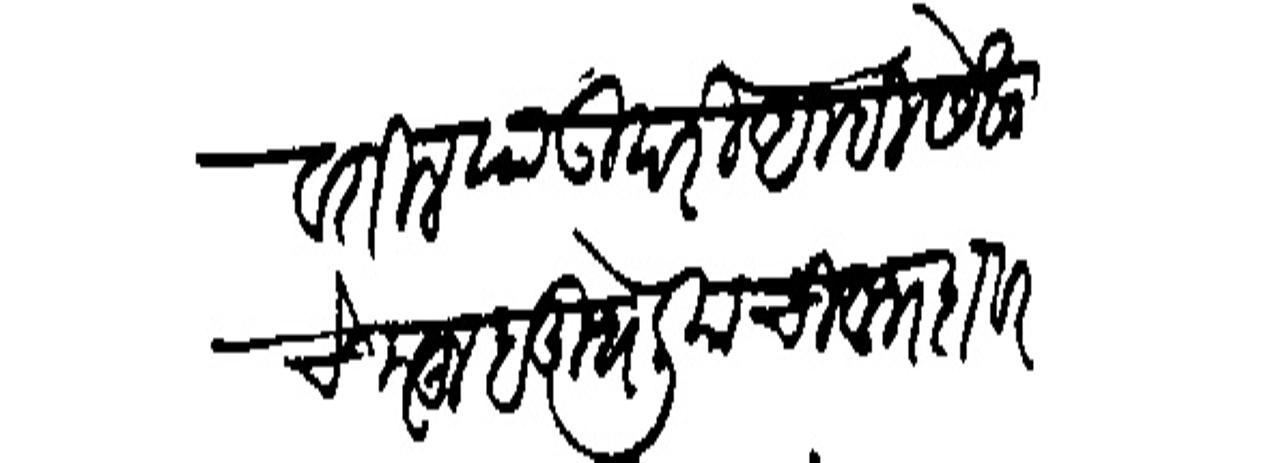
Transliteration (Devanagari): पावतील याउपरी आम्ही सेखाचे महू बुर्धेलियाची व भदावर